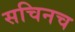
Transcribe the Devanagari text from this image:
सचिनच